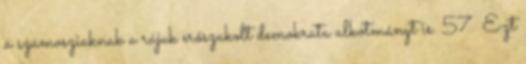
a szamosziaknak a rájuk erőszakolt demokrata alkotmányt is. 57 Ezt